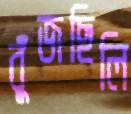
বুঁজছিলি